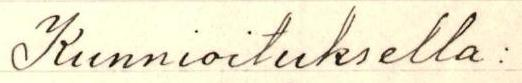
Kunnioituksella: